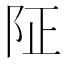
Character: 阷